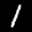
Label: 1